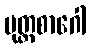
မုတ္တစာဂေါ